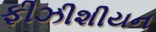
ફીઝીશીયન